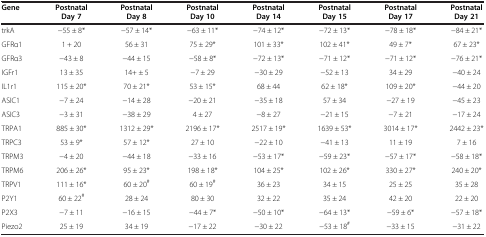
<table><thead><tr><td><b>Gene</b></td><td><b>Postnatal Day 7</b></td><td><b>Postnatal Day 8</b></td><td><b>Postnatal Day 10</b></td><td><b>Postnatal Day 14</b></td><td><b>Postnatal Day 15</b></td><td><b>Postnatal Day 17</b></td><td><b>Postnatal Day 21</b></td></tr></thead><tbody><tr><td>trkA</td><td>-55 ± 8*</td><td>-57 ± 14*</td><td>-63 ± 11*</td><td>-74 ± 12*</td><td>-72 ± 13*</td><td>-78 ± 18*</td><td>-84 ± 21*</td></tr><tr><td>GFRα1</td><td>1 + 20</td><td>56 ± 31</td><td>75 ± 29*</td><td>101 ± 33*</td><td>102 ± 41*</td><td>49 ± 7*</td><td>67 ± 23*</td></tr><tr><td>GFRα3</td><td>-43 ± 8</td><td>-44 ± 15</td><td>-58 ± 8*</td><td>-72 ± 13*</td><td>-71 ± 12*</td><td>-71 ± 12*</td><td>-76 ± 21*</td></tr><tr><td>IGFr1</td><td>13 ± 35</td><td>14+ ± 5</td><td>-7 ± 29</td><td>-30 ± 29</td><td>-52 ± 13</td><td>34 ± 29</td><td>-40 ± 24</td></tr><tr><td>IL1r1</td><td>115 ± 20*</td><td>70 ± 21*</td><td>53 ± 15*</td><td>68 ± 44</td><td>62 ± 18*</td><td>109 ± 20*</td><td>-44 ± 20</td></tr><tr><td>ASIC1</td><td>-7 ± 24</td><td>-14 ± 28</td><td>-20 ± 21</td><td>-35 ± 18</td><td>57 ± 34</td><td>-27 ± 19</td><td>-45 ± 23</td></tr><tr><td>ASIC3</td><td>-3 ± 31</td><td>-38 ± 29</td><td>4 ± 27</td><td>-8 ± 27</td><td>-21 ± 15</td><td>-7 ± 21</td><td>-17 ± 24</td></tr><tr><td>TRPA1</td><td>885 ± 30*</td><td>1312 ± 29*</td><td>2196 ± 17*</td><td>2517 ± 19*</td><td>1639 ± 53*</td><td>3014 ± 17*</td><td>2442 ± 23*</td></tr><tr><td>TRPC3</td><td>53 ± 9*</td><td>57 ± 12*</td><td>27 ± 10</td><td>-22 ± 10</td><td>-41 ± 13</td><td>11 ± 19</td><td>7 ± 16</td></tr><tr><td>TRPM3</td><td>-4 ± 20</td><td>-44 ± 18</td><td>-33 ± 16</td><td>-53 ± 17*</td><td>-59 ± 23*</td><td>-57 ± 17*</td><td>-58 ± 18*</td></tr><tr><td>TRPM6</td><td>206 ± 26*</td><td>95 ± 23*</td><td>198 ± 18*</td><td>104 ± 25*</td><td>102 ± 26*</td><td>330 ± 27*</td><td>240 ± 20*</td></tr><tr><td>TRPV1</td><td>111 ± 16*</td><td>60 ± 20<sup>#</sup></td><td>60 ± 19<sup>#</sup></td><td>36 ± 23</td><td>34 ± 15</td><td>25 ± 25</td><td>35 ± 28</td></tr><tr><td>P2Y1</td><td>60 ± 22<sup>#</sup></td><td>28 ± 24</td><td>80 ± 30</td><td>32 ± 22</td><td>35 ± 24</td><td>42 ± 20</td><td>22 ± 20</td></tr><tr><td>P2X3</td><td>-7 ± 11</td><td>-16 ± 15</td><td>-44 ± 7*</td><td>-50 ± 10*</td><td>-64 ± 13*</td><td>-59 ± 6*</td><td>-57 ± 18*</td></tr><tr><td>Piezo2</td><td>25 ± 19</td><td>34 ± 19</td><td>-17 ± 22</td><td>-30 ± 22</td><td>-53 ± 18<sup>#</sup></td><td>-33 ± 15</td><td>-31 ± 22</td></tr></tbody></table>